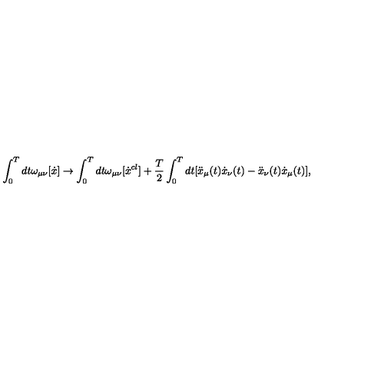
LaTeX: \int _ { 0 } ^ { T } { d t } \omega _ { \mu \nu } [ \dot { x } ] \to \int _ { 0 } ^ { T } { d t \omega _ { \mu \nu } } [ \dot { x } ^ { c l } ] + \frac { T } { 2 } \int _ { 0 } ^ { T } { d t [ \ddot { x } _ { \mu } } ( t ) \dot { x } _ { \nu } ( t ) - \ddot { x } _ { \nu } ( t ) \dot { x } _ { \mu } ( t ) ] ,